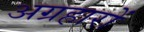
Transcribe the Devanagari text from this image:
अग्रहारों